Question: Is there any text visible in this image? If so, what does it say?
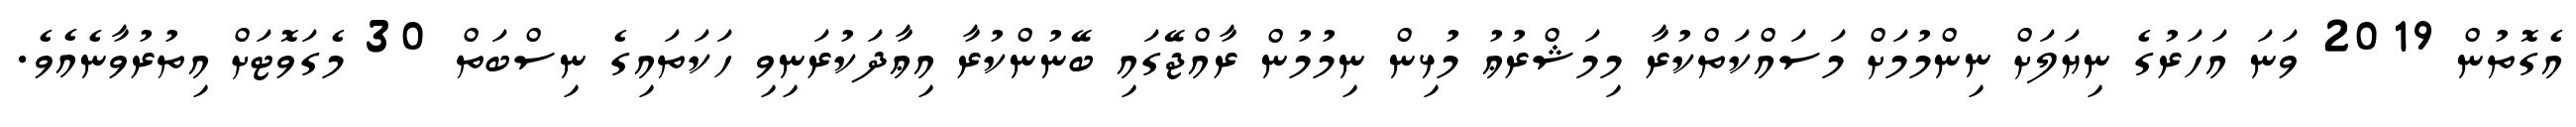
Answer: އެގޮތުން 2019 ވަނަ އަހަރުގެ ނިޔަލަށް ނިންމުމަށް މަސައްކަތްކުރާ މިމަޝްރުޢު މުޅިން ނިމުމުން ރާއްޖޭގައި ބޭނުންކުރާ އިޢާދަކުރަނިވި ހަކަތައިގެ ނިސްބަތް 30 މެގަވޮޓަށް އިތުރުވާނެއެވެ.